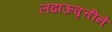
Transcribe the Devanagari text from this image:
लढाऊवृत्तीने